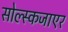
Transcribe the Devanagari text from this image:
सोल्स्कजाएर